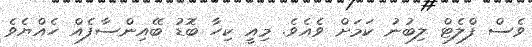
ވެސް ފްލެޓް ލިބުނު ކަމަށް ވެއެވެ. މިއީ ކިހާ ބޮޑު ބޭއިންސާފެއް ހެއްޔެވެ